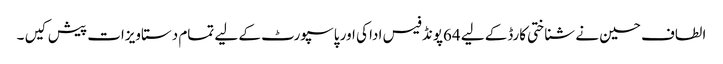
الطاف حسین نے شناختی کارڈکے لیے 64پونڈ فیس ادا کی اور پاسپورٹ کے لیے تمام دستاویزات پیش کیں ۔